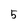
Character: 5